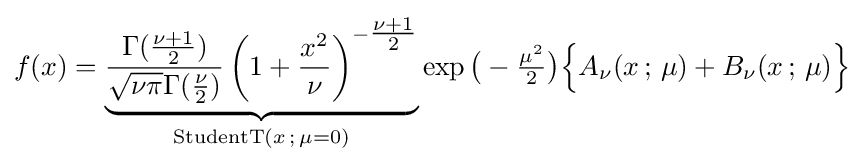
f(x)=\underbrace {{\frac {\Gamma ({\frac {\nu +1}{2}})}{{\sqrt {\nu \pi }}\Gamma ({\frac {\nu }{2}})}}\left(1+{\frac {x^{2}}{\nu }}\right)^{-{\tfrac {\nu +1}{2}}}} _{{\text{StudentT}}(x\,;\,\mu =0)}\exp {\big (}-{\tfrac {\mu ^{2}}{2}}{\big )}{\Big \{}A_{\nu }(x\,;\,\mu )+B_{\nu }(x\,;\,\mu ){\Big \}}